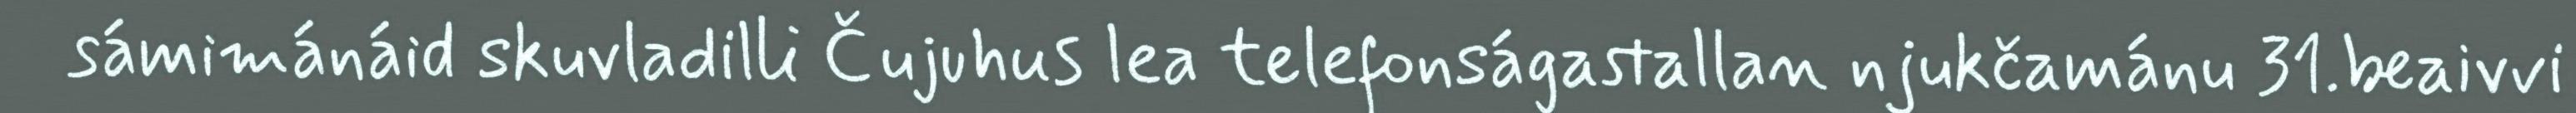
sámimánáid skuvladilli Čujuhus lea telefonságastallan njukčamánu 31.beaivvi